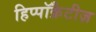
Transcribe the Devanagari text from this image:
हिप्पॉक्रैटीज़